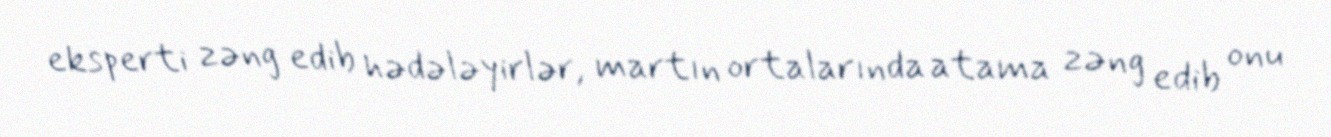
eksperti zəng edib hədələyirlər, martın ortalarında atama zəng edib onu